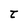
Character: t